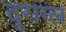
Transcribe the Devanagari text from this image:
दुराग्ल